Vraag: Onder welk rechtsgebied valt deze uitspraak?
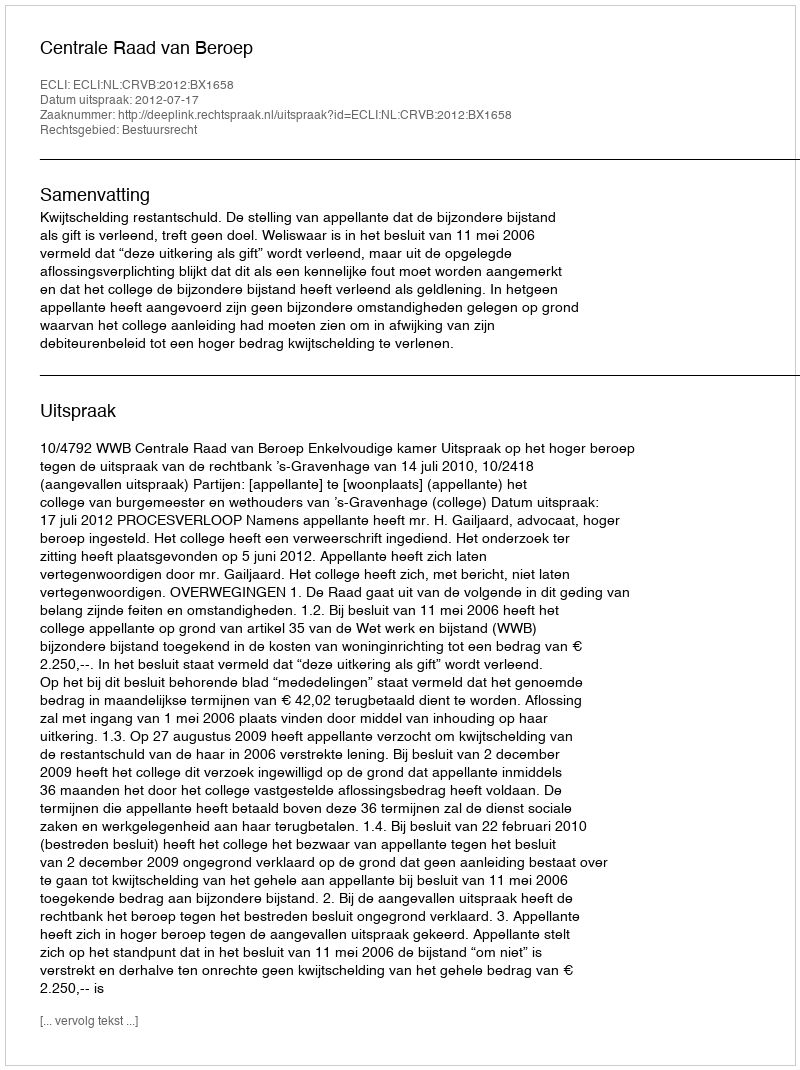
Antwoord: Bestuursrecht